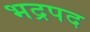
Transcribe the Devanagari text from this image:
भद्रपद